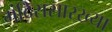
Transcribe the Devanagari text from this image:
मंदिरासारख्या